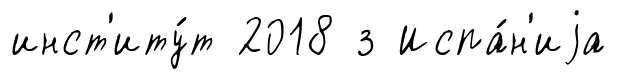
инст'иту́т 2018 з Испа́н'иjа